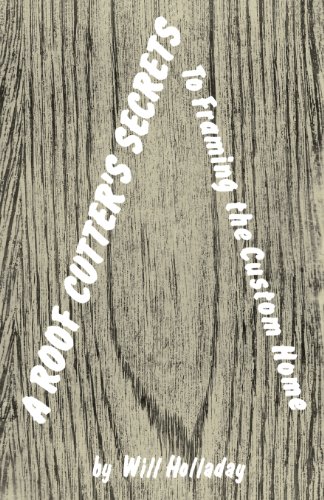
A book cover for A Roof Cutter's Secrets: To Framing the Custom Home 1989; Will Holladay; Crafts, Hobbies & Home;